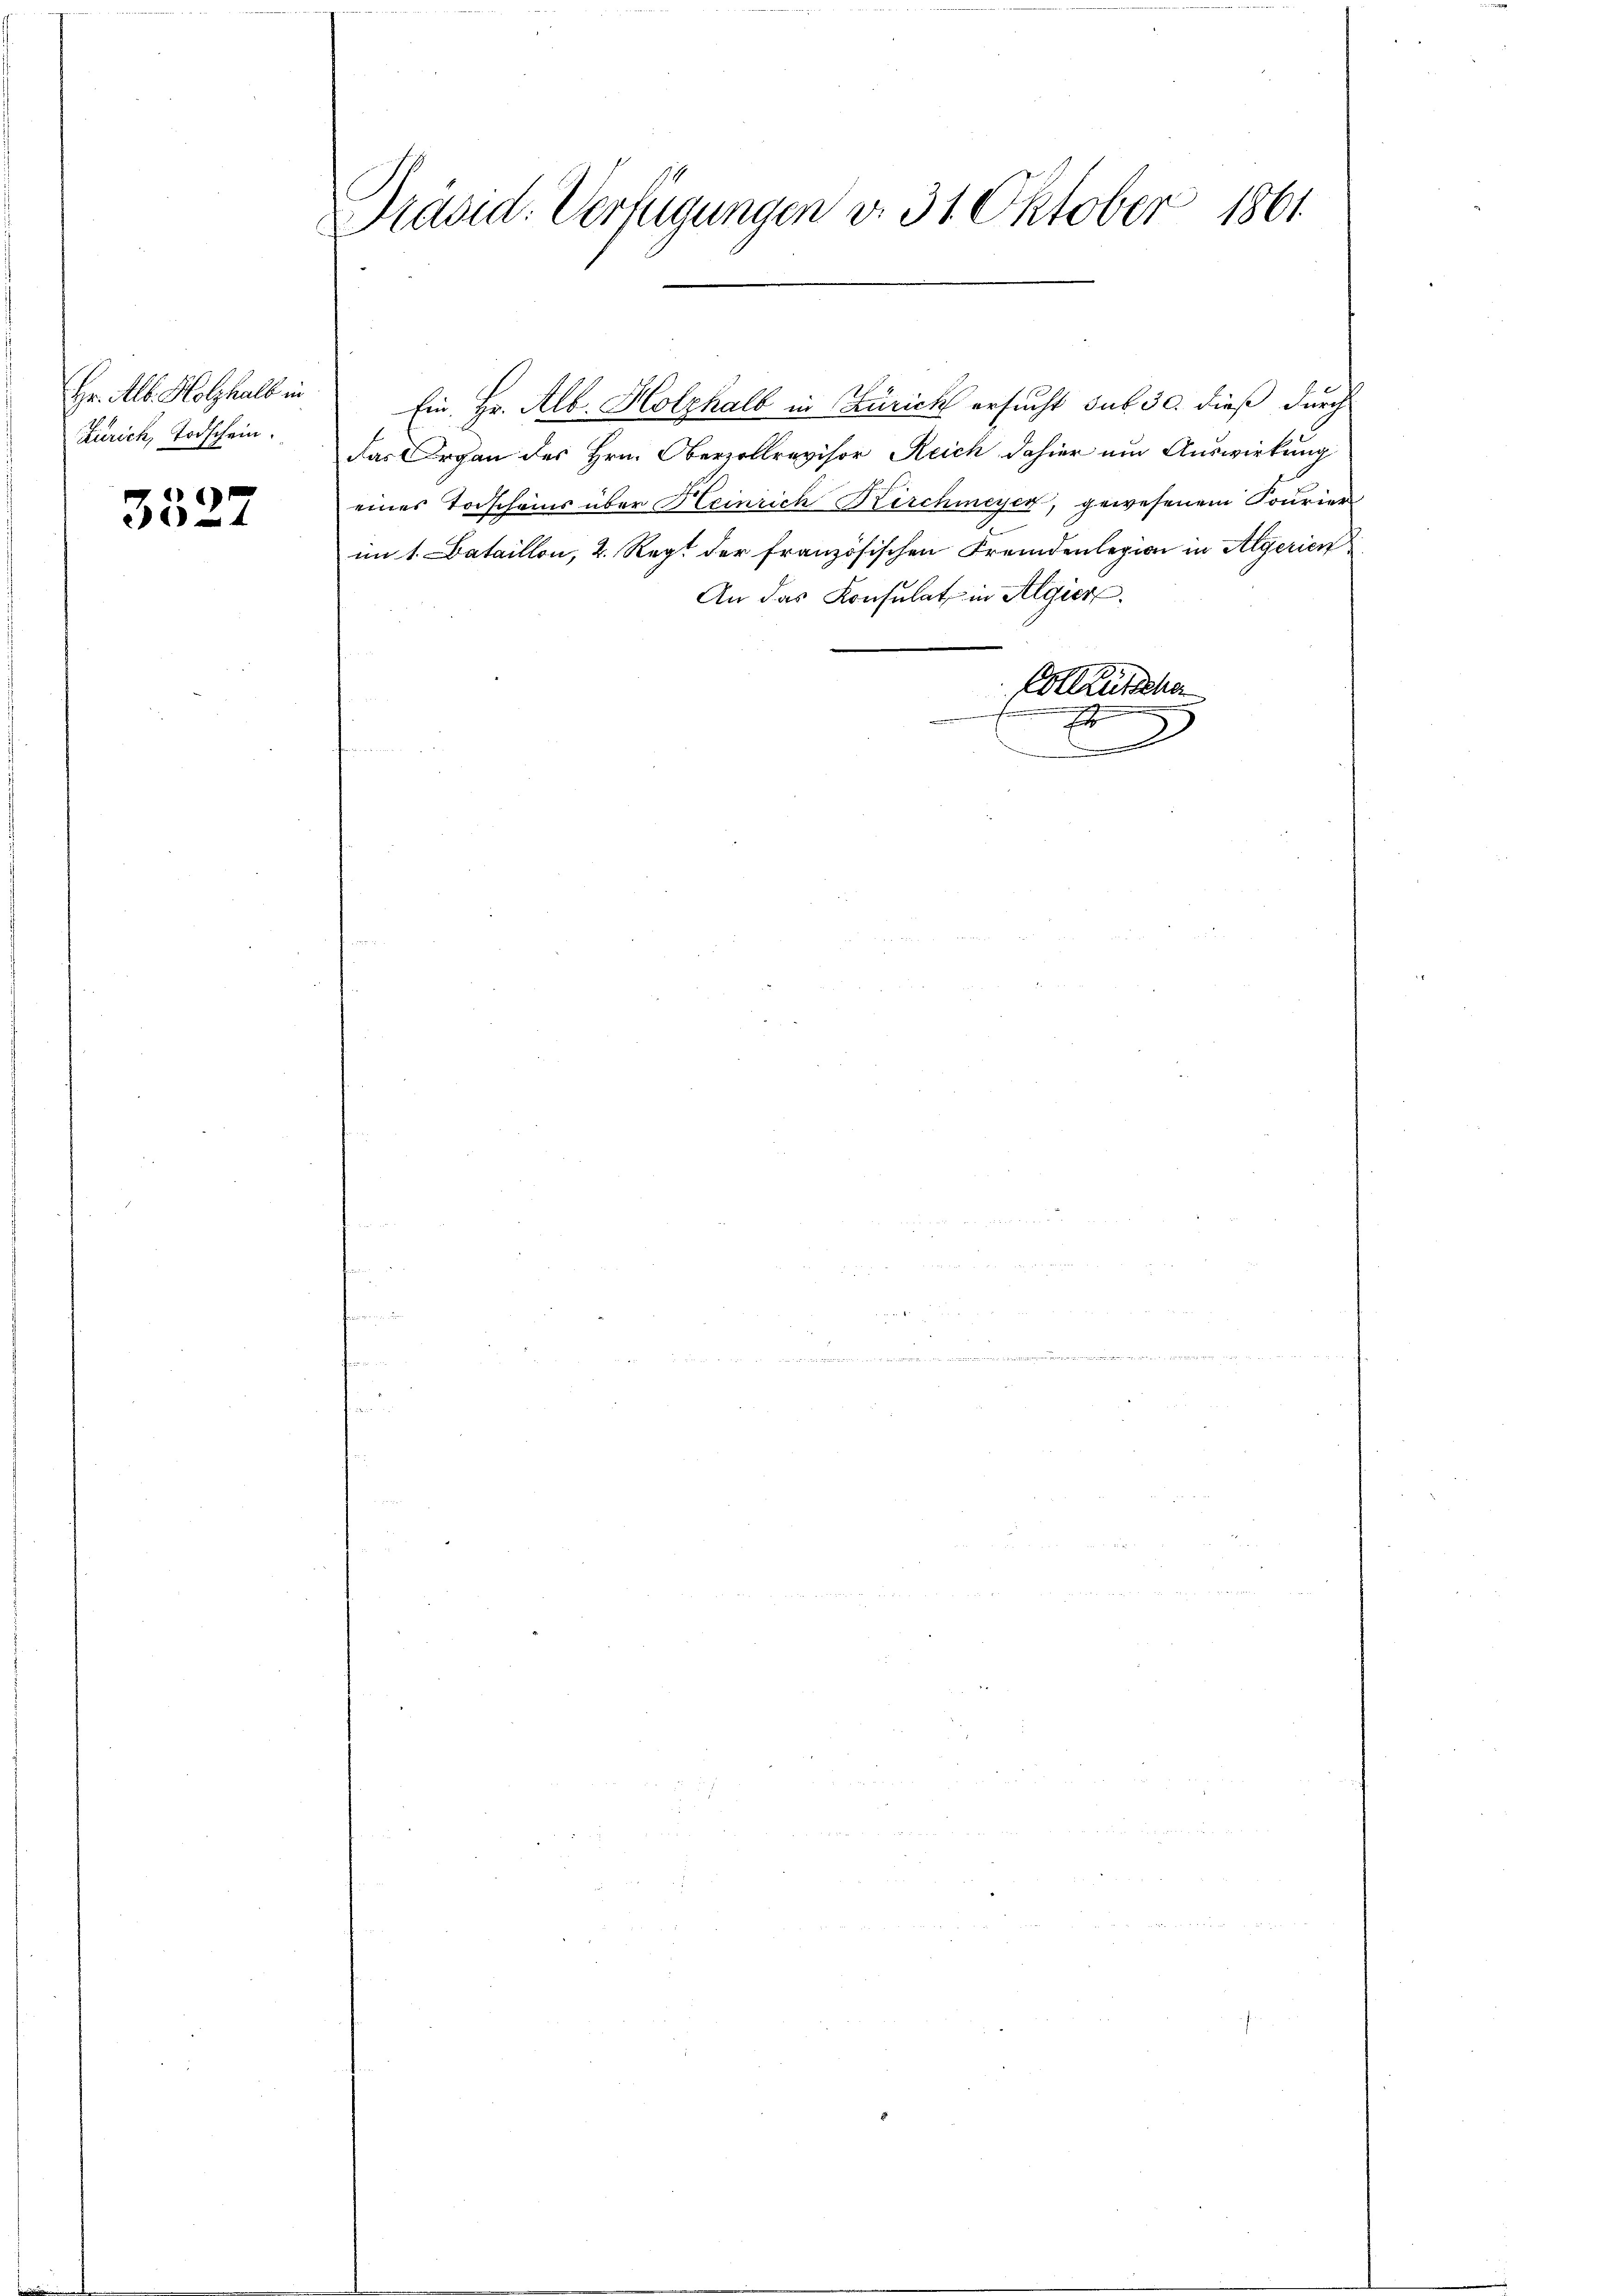
Hr. Alb. Holzhalb in
Zürich, Todschein.

3527

Präsid. Verfügungen d. 31. Oktober 1861

Ein. Hr. Alb. Holzhalb in Zürich ersucht sub 30. dieß durch
das Organ des Hrn. Oberzollrevisor Reich dahier um Auswirkung
eines Todscheins über Heinrich Kirchmeyer, gewesenem Sourier
im 1. Bataillon, 2. Reg. der französischen Fremdenlegion in Algerien
An das Konsulat in Algier
Allrutsche
E
.